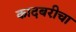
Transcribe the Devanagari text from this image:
कादबरीचा